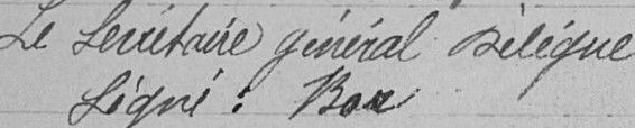
Le Secrétaire Général Délégué Signé : BOR